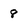
Character: 8